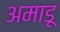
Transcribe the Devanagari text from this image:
अमाडू